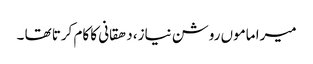
میرا ماموں روشن نیاز، دھقانی کا کام کرتا تھا ۔